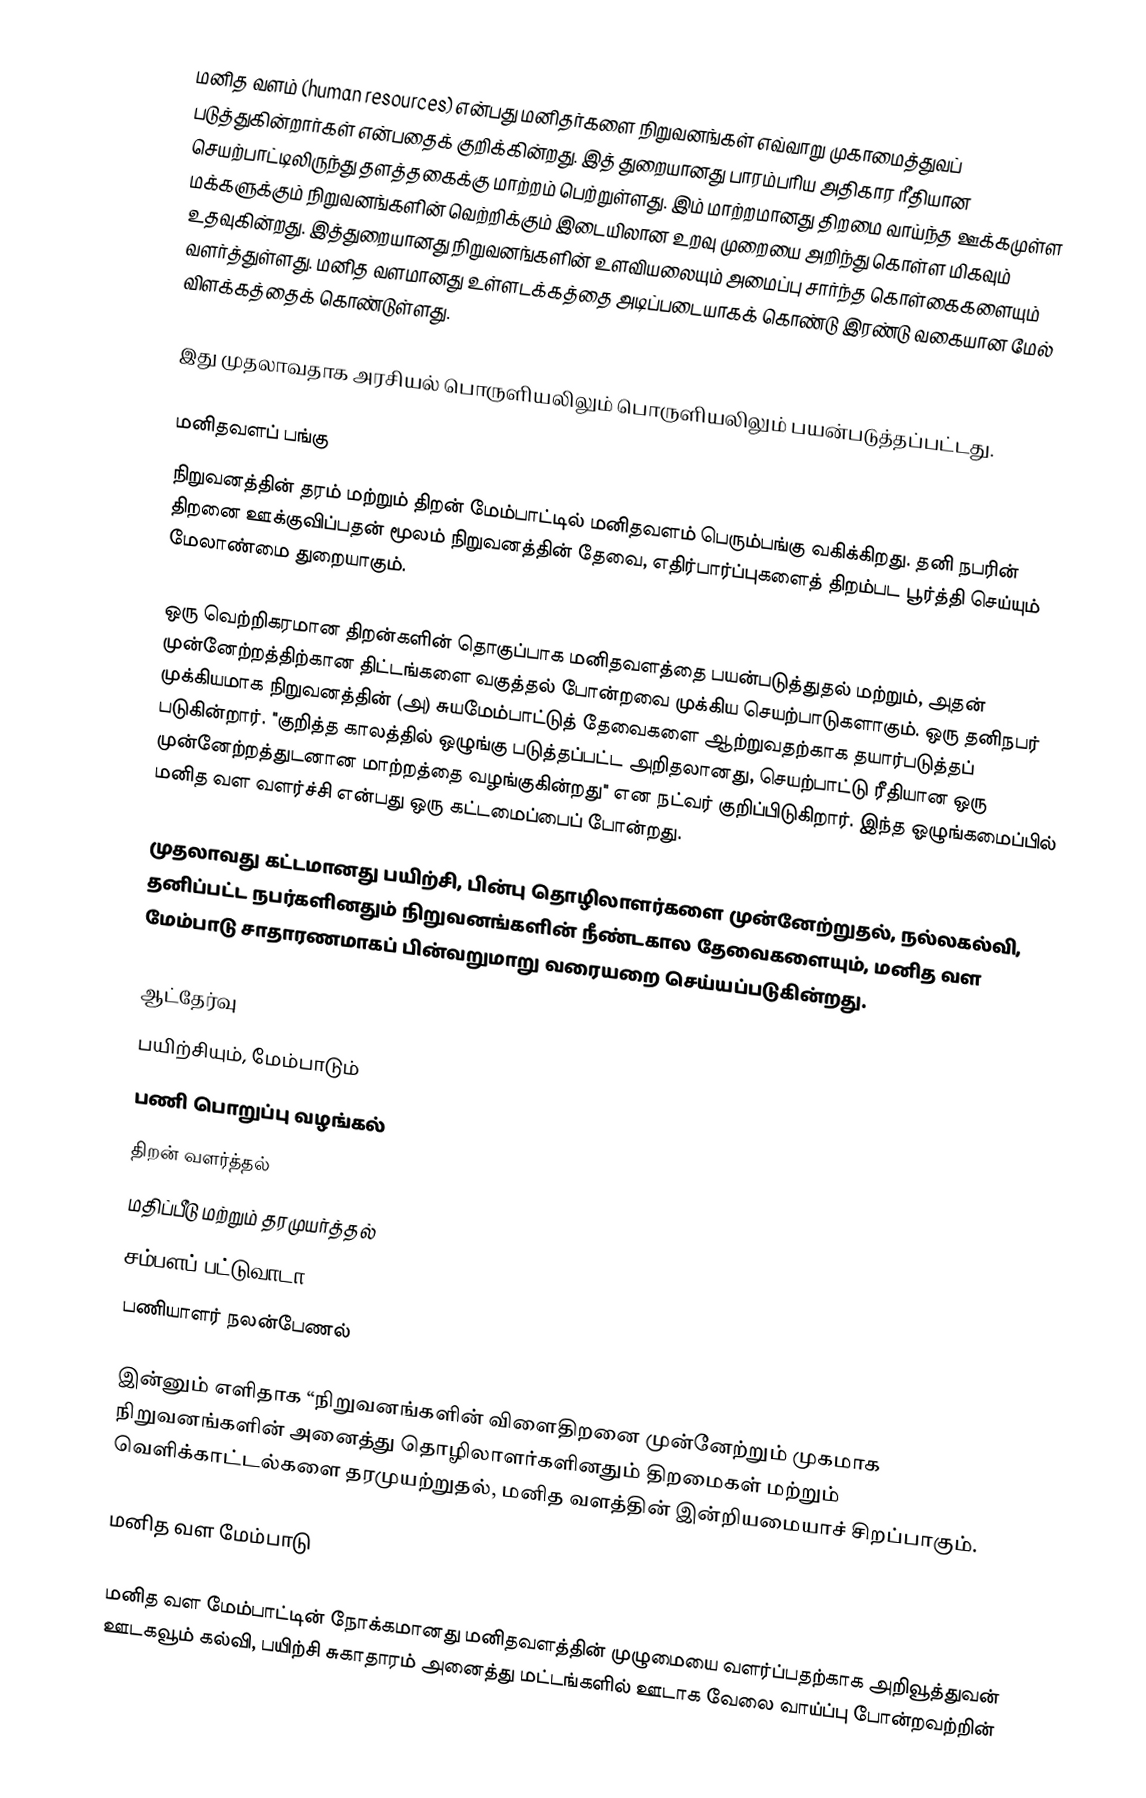
மனித வளம் (human resources) என்பது மனிதர்களை நிறுவனங்கள் எவ்வாறு முகாமைத்துவப் படுத்துகின்றார்கள் என்பதைக் குறிக்கின்றது. இத் துறையானது பாரம்பரிய அதிகார ரீதியான செயற்பாட்டிலிருந்து தளத்தகைக்கு மாற்றம் பெற்றுள்ளது. இம் மாற்றமானது திறமை வாய்ந்த ஊக்கமுள்ள மக்களுக்கும் நிறுவனங்களின் வெற்றிக்கும் இடையிலான உறவு முறையை அறிந்து கொள்ள மிகவும் உதவுகின்றது. இத்துறையானது நிறுவனங்களின் உளவியலையும் அமைப்பு சார்ந்த கொள்கைகளையும் வளர்த்துள்ளது. மனித வளமானது உள்ளடக்கத்தை அடிப்படையாகக் கொண்டு இரண்டு வகையான மேல் விளக்கத்தைக் கொண்டுள்ளது.

இது முதலாவதாக அரசியல் பொருளியலிலும் பொருளியலிலும் பயன்படுத்தப்பட்டது.

மனிதவளப் பங்கு
நிறுவனத்தின் தரம் மற்றும் திறன் மேம்பாட்டில் மனிதவளம் பெரும்பங்கு வகிக்கிறது. தனி நபரின் திறனை ஊக்குவிப்பதன் மூலம் நிறுவனத்தின் தேவை, எதிர்பார்ப்புகளைத் திறம்பட பூர்த்தி செய்யும் மேலாண்மை துறையாகும்.

ஒரு வெற்றிகரமான திறன்களின் தொகுப்பாக மனிதவளத்தை பயன்படுத்துதல் மற்றும், அதன் முன்னேற்றத்திற்கான திட்டங்களை வகுத்தல் போன்றவை முக்கிய செயற்பாடுகளாகும். ஒரு தனிநபர் முக்கியமாக நிறுவனத்தின் (அ) சுயமேம்பாட்டுத் தேவைகளை ஆற்றுவதற்காக தயார்படுத்தப் படுகின்றார். "குறித்த காலத்தில் ஒழுங்கு படுத்தப்பட்ட அறிதலானது, செயற்பாட்டு ரீதியான ஒரு முன்னேற்றத்துடனான மாற்றத்தை வழங்குகின்றது" என நட்வர் குறிப்பிடுகிறார். இந்த ஓழுங்கமைப்பில் மனித வள வளர்ச்சி என்பது ஒரு கட்டமைப்பைப் போன்றது.

முதலாவது கட்டமானது பயிற்சி, பின்பு தொழிலாளர்களை முன்னேற்றுதல், நல்லகல்வி, தனிப்பட்ட நபர்களினதும் நிறுவனங்களின் நீண்டகால தேவைகளையும், மனித வள மேம்பாடு சாதாரணமாகப் பின்வறுமாறு வரையறை செய்யப்படுகின்றது.

ஆட்தேர்வு
பயிற்சியும், மேம்பாடும்
பணி பொறுப்பு வழங்கல்
திறன் வளர்த்தல்
மதிப்பீடு மற்றும் தரமுயர்த்தல்
சம்பளப் பட்டுவாடா
பணியாளர் நலன்பேணல்

இன்னும் எளிதாக “நிறுவனங்களின் விளைதிறனை முன்னேற்றும் முகமாக நிறுவனங்களின் அனைத்து தொழிலாளர்களினதும் திறமைகள் மற்றும் வெளிக்காட்டல்களை தரமுயற்றுதல், மனித வளத்தின் இன்றியமையாச் சிறப்பாகும்.

மனித வள மேம்பாடு

மனித வள மேம்பாட்டின் நோக்கமானது மனிதவளத்தின் முழுமையை வளர்ப்பதற்காக அறிவூத்துவன் ஊடகவூம் கல்வி, பயிற்சி சுகாதாரம் அனைத்து மட்டங்களில் ஊடாக வேலை வாய்ப்பு போன்றவற்றின்